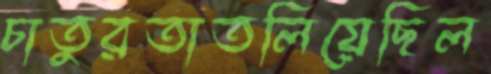
চাতুরতাতলিয়েছিল